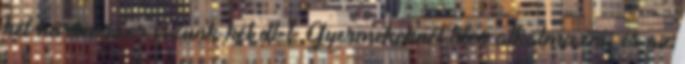
két-háromszor iszunk két dl-t. Gyermekeknél tilos alkalmazni, és az